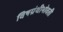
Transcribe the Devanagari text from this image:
विषग्रंथीभोवती